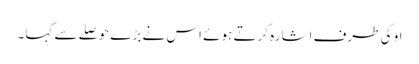
او کی طرف اشارہ کرتے ہوئے اس نے بڑے حوصلے سے کہا۔